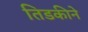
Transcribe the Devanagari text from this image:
तिडकीने